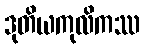
ဒုတိယကုလိကဿ